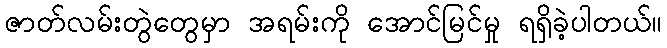
ဇာတ်လမ်းတွဲတွေမှာ အရမ်းကို အောင်မြင်မှု ရရှိခဲ့ပါတယ်။